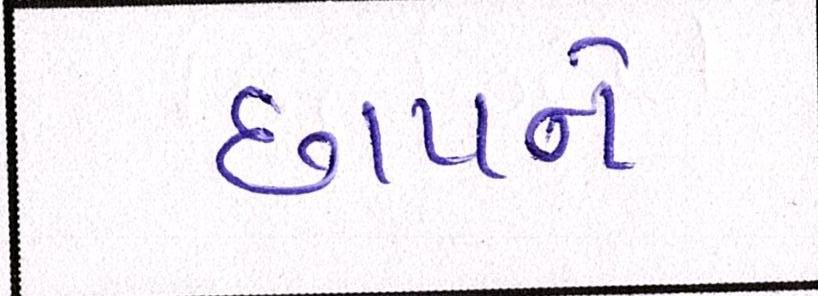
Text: છાપને